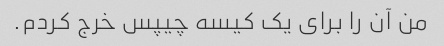
من آن را برای یک کیسه چیپس خرج کردم.